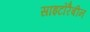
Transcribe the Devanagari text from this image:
साइटोरैबीन